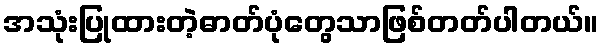
အသုံးပြုထားတဲ့ဓာတ်ပုံတွေသာဖြစ်တတ်ပါတယ်။